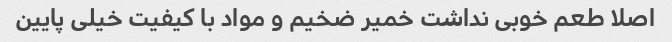
اصلا طعم خوبی نداشت خمیر ضخیم و مواد با کیفیت خیلی پایین